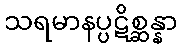
သရမာနပ္ပဋိစ္ဆန္နာ